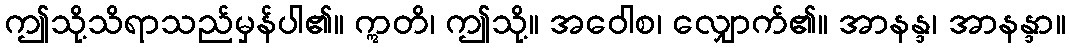
ဤသို့သိရာသည်မှန်ပါ၏။ ဣတိ၊ ဤသို့။ အဝေါစ၊ လျှောက်၏။ အာနန္ဒ၊ အာနန္ဒာ။